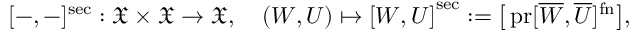
[ - , - ] ^ { \mathrm { s e c } } : \boldsymbol { \mathfrak X } \times \boldsymbol { \mathfrak X } \to \boldsymbol { \mathfrak X } , \quad \left( \boldsymbol W , \boldsymbol U \right) \mapsto \left[ \boldsymbol W , \boldsymbol U \right] ^ { \mathrm { s e c } } : = \big [ \operatorname { p r } [ \overline { W } , \overline { U } ] ^ { \mathrm { f n } } \big ] ,